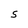
Character: 5